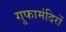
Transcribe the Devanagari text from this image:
गुफामंदिरों